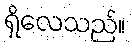
ရှိလေသည်။